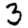
Digit: 3